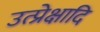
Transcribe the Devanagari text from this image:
उत्प्रेक्षादि